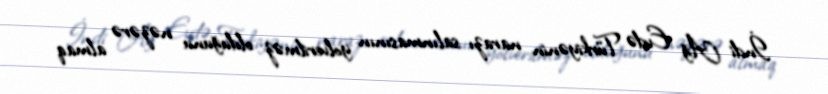
İndi Ağ Evdə Türkiyənin narazı salınmasının yolverilməz olduğunu nəzərə almaq